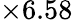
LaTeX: \times 6.58